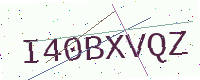
Text: I40BXVQZ